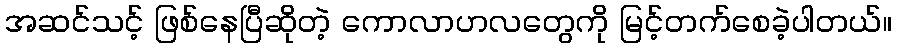
အဆင်သင့် ဖြစ်နေပြီဆိုတဲ့ ကောလာဟလတွေကို မြင့်တက်စေခဲ့ပါတယ်။